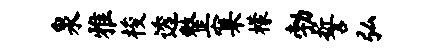
泉雅梭透整窠檬勃誓弘